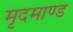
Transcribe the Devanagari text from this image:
मृदमाण्ड